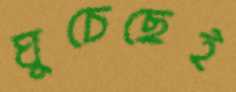
ঘুচেছেই